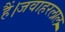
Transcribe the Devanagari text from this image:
हैं।जवाहरलाल